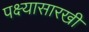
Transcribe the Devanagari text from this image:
पक्ष्यासारखी